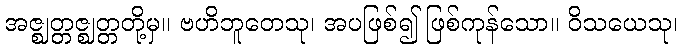
အဇ္ဈတ္တဇ္ဈတ္တတို့မှ။ ဗဟိဘူတေသု၊ အပဖြစ်၍ ဖြစ်ကုန်သော။ ဝိသယေသု၊